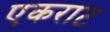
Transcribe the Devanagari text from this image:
एकराट